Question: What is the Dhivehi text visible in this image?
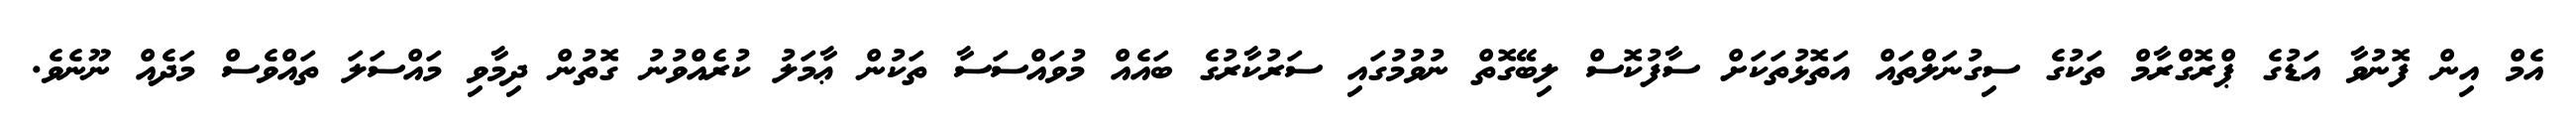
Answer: އެމް އިން ފޮނުވާ އަޑުގެ ޕްރޮގްރާމް ތަކުގެ ސިގުނަލްތައް އަތޮޅުތަކަށް ސާފުކޮސް ލިބޭގޮތް ނުވުމުގައި ސަރުކާރުގެ ބައެއް މުވައްސަސާ ތަކުން ޢާމަލު ކުރެއްވުނު ގޮތުން ދިމާވި މައްސަލަ ތައްވެސް މަދެއް ނޫނެވެ.